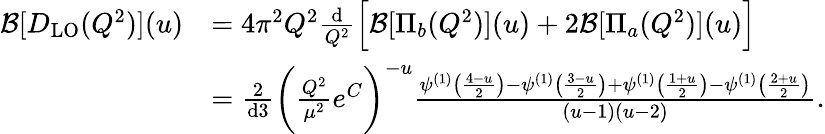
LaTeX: \begin{array}{rl}{\mathcal{B}[D_{\mathrm{LO}}(Q^{2})](u)}&{=4\pi^{2}Q^{2}\frac{\mathrm{d}}{Q^{2}}\Big[\mathcal{B}[\Pi_{b}(Q^{2})](u)+2\mathcal{B}[\Pi_{a}(Q^{2})](u)\Big]}\\ &{=\frac{2}{\mathrm{d}3}\bigg(\frac{Q^{2}}{\mu^{2}}e^{C}\bigg)^{-u}\frac{\psi^{(1)}\big(\frac{4-u}{2}\big)-\psi^{(1)}\big(\frac{3-u}{2}\big)+\psi^{(1)}\big(\frac{1+u}{2}\big)-\psi^{(1)}\big(\frac{2+u}{2}\big)}{(u-1)(u-2)}.}\end{array}